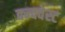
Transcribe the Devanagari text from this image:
क्न्क्वेस्ट